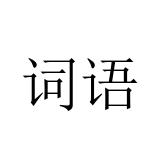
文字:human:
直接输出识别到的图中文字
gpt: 词语